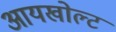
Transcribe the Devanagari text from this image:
आयखोल्ट